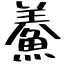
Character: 鯗